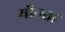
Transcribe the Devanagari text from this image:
मौनता